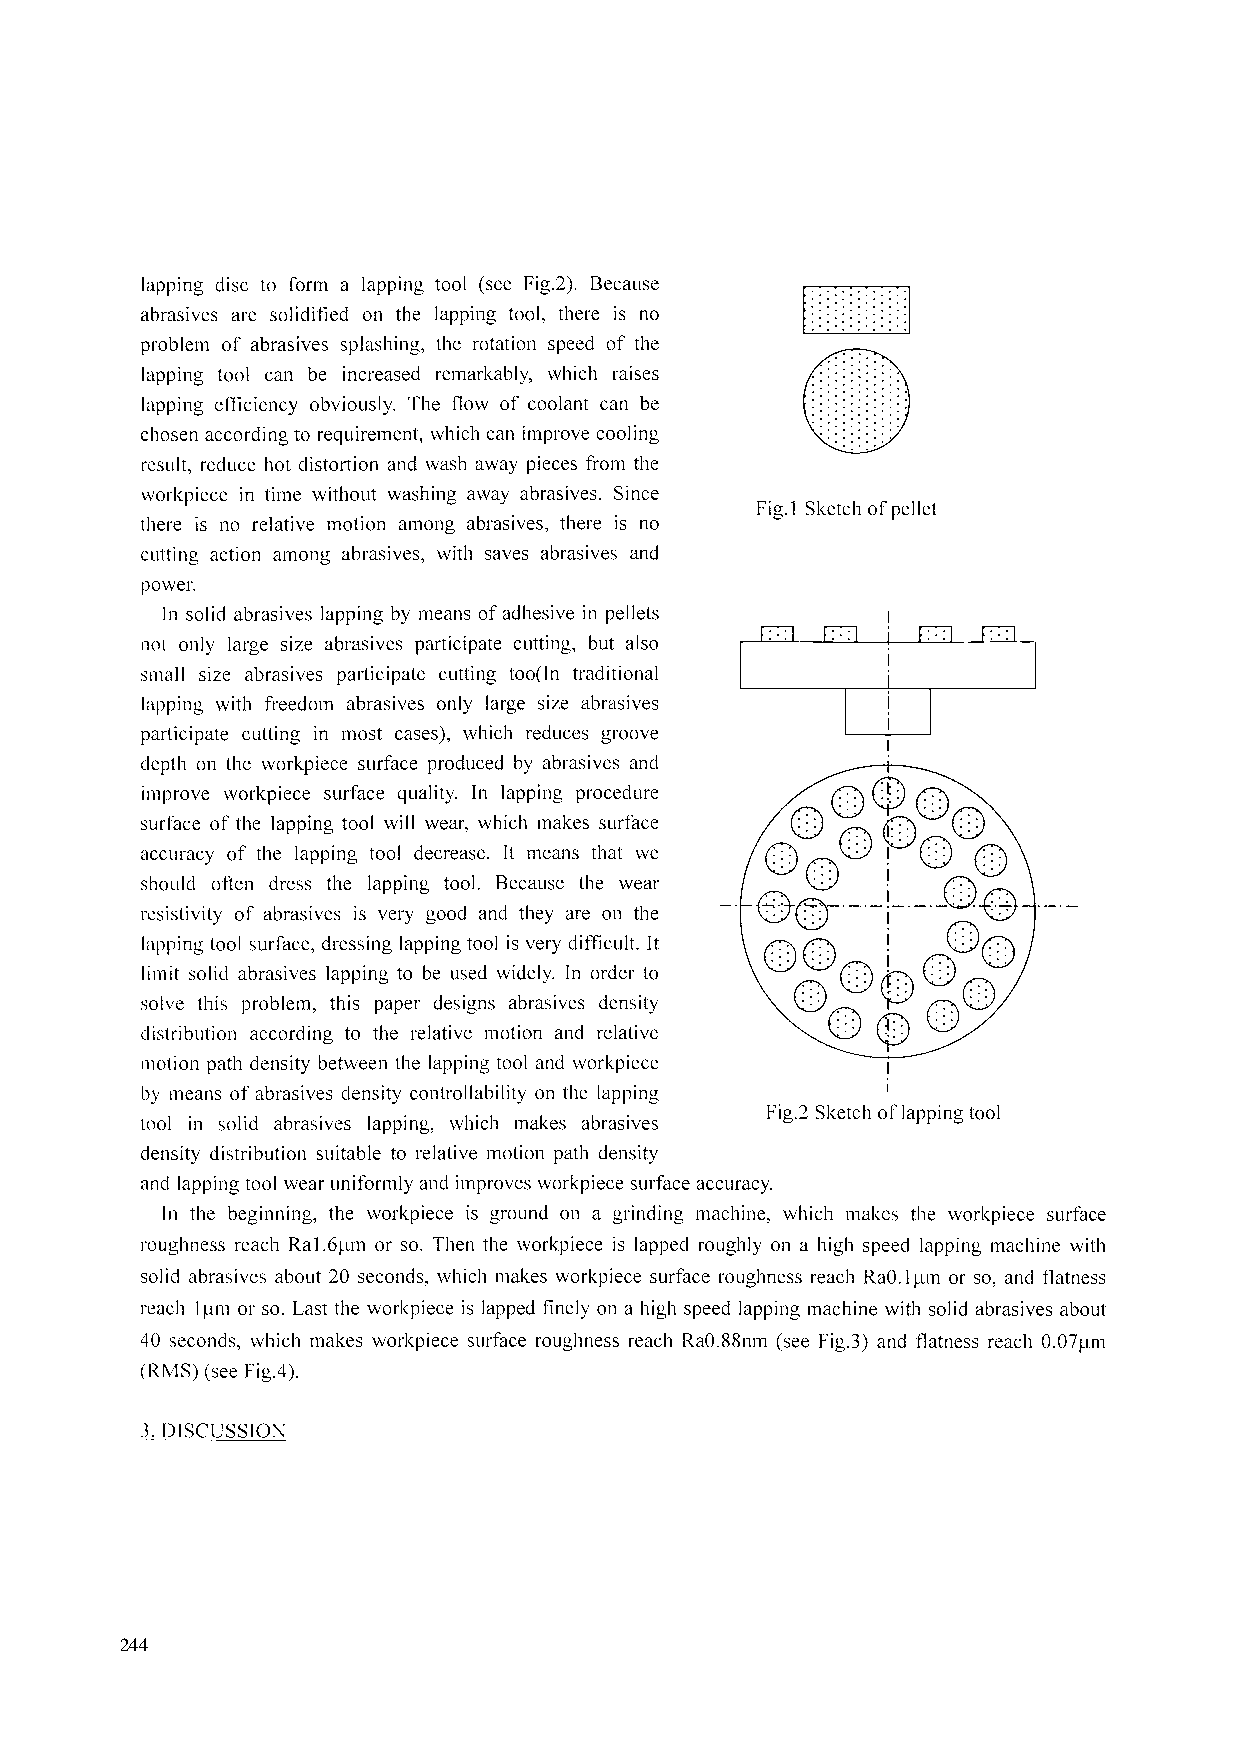
lapping disc to form a lapping tool (see Fig2). Because
 are solidified on the lapping tool there is no
 abrasives
 problem of abrasives splashing, the rotation speed of the
 lapping tool can be increased remarkably, which raises
 lapping efficiency obviously. The flow of coolant can be
 chosen according to requirement, which can improve cooling
 result, reduce hot distortion and wash away pieces from the
 workpiece in time without washing away abrasives. Since
 there is no relative motion among abrasives there is no Fig.1 Sketch of pellet
 cutting action among abrasives, with saves abrasives and
 Power.
 in solid abrasives lapping by means of adhesive in pellets
 iiOt only large size abrasives participate cutting, bLit also
 snall size abrasives participate cutting too(In traditional
 lapping with freedom abrasives only large size abrasives
 participate cutting in most cases), which reduces groove
 depth on the workpiece surface produced by abrasives and
 improve workpiece surface quality. In lapping procedure
 surface of the lapping tool will wear, which makes surface
 accuracy of the lapping tool decrease. It means that we
 should often dress the lapping tool. Because the wear
 resistivity of abrasives is very good and they are on the
 lapping tool surface, dressing lapping tool is very difficult. It
 limit solid abrasives lapping to be used widely. In order to
 solve this problem, this paper designs abrasives density
 distribution according to the relative motion and relative
 iiiolion path density between the lapping tool and workpiece
 by means of abrasives density controllability on the lapping
 tool . in sol. id abras. ives lapp.ing, whi. ch makes abrasiv. es Fig.2 Sketch of lapping tool
 distribution suitable to relative motion path density
 density
 and lapping tool wear uniformly and improves workpiece surface accuracy.
 In the beginning, the workpiece is ground on a grinding machine, which makes the workpiece surface
 roughness i'each Ral .6irn or so. Then the workpiece is lapped roughly on a high speed lapping machine with
 solid abrasives about 20 seconds, which makes workpiece surface roughness reach RaO.Iun or so, and flatness
 each 1 im or so. Last the workpiece is lapped finely on a high speed lapping machine with solid abrasives about
 40 seconds, which makes workpiece surface roughness reach RaO.88nm (see Fig.3) and flatness reach O.O7psn
 (RMS) (see Fig.4).
 3.DISCUSSION
 244